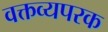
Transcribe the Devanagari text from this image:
वक्तव्यपरक